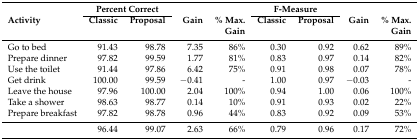
|  | <COLSPAN=2> Percent Correct |  |  | <COLSPAN=2> F-Measure |  |  |
 | Activity | Classic | Proposal | Gain | % Max. | Classic | Proposal | Gain | % Max. |
 |  |  |  |  | Gain |  |  |  | Gain |
 | --- | --- | --- | --- | --- | --- | --- | --- | --- |
 | Go to bed | 91.43 | 98.78 | 7.35 | 86% | 0.30 | 0.92 | 0.62 | 89% |
 | Prepare dinner | 97.82 | 99.59 | 1.77 | 81% | 0.83 | 0.97 | 0.14 | 82% |
 | Use the toilet | 91.44 | 97.86 | 6.42 | 75% | 0.91 | 0.98 | 0.07 | 78% |
 | Get drink | 100.00 | 99.59 | −0.41 | - | 1.00 | 0.97 | −0.03 | - |
 | Leave the house | 97.96 | 100.00 | 2.04 | 100% | 0.94 | 1.00 | 0.06 | 100% |
 | Take a shower | 98.63 | 98.77 | 0.14 | 10% | 0.91 | 0.93 | 0.02 | 22% |
 | Prepare breakfast | 97.82 | 98.78 | 0.96 | 44% | 0.83 | 0.92 | 0.09 | 53% |
 |  | 96.44 | 99.07 | 2.63 | 66% | 0.79 | 0.96 | 0.17 | 72% |